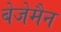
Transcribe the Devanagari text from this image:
बेजेमैन